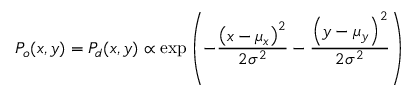
P _ { o } ( x , y ) = P _ { d } ( x , y ) \propto \mathrm { e x p } \left( - \frac { \left( x - \mu _ { x } \right) ^ { 2 } } { 2 \sigma ^ { 2 } } - \frac { \left( y - \mu _ { y } \right) ^ { 2 } } { 2 \sigma ^ { 2 } } \right)